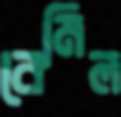
বেমিল